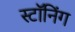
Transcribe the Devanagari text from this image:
स्टॉनिंग